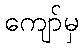
ကျော်မှ